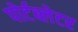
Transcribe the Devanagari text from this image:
पोर्टब्लेटर